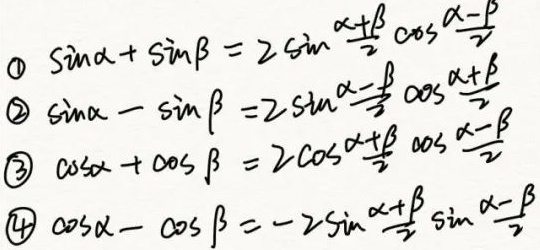
\textcircled{1}\(\sin\alpha+\sin\beta = 2\sin\frac{\alpha + \beta}{2}\cos\frac{\alpha - \beta}{2}\)
\textcircled{2}\(\sin\alpha-\sin\beta = 2\sin\frac{\alpha - \beta}{2}\cos\frac{\alpha + \beta}{2}\)
\textcircled{3}\(\cos\alpha+\cos\beta = 2\cos\frac{\alpha + \beta}{2}\cos\frac{\alpha - \beta}{2}\)
\textcircled{4}\(\cos\alpha-\cos\beta=- 2\sin\frac{\alpha + \beta}{2}\sin\frac{\alpha - \beta}{2}\)